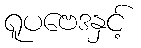
ရူပဗေဒနှင့်